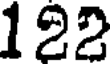
122